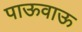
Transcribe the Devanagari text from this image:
पाऊवाऊ